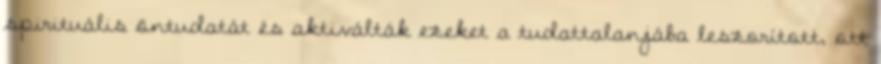
spirituális öntudatát és aktiválták ezeket a tudattalanjába leszorított, ott